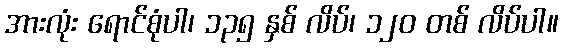
အားလုံး ရောင်စုံပါ၊ ၁၃၅ နှစ် လိပ်၊ ၁၂၀ တစ် လိပ်ပါ။